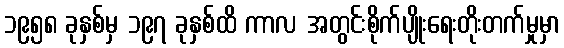
၁၉၅၈ ခုနှစ်မှ ၁၉၇ ခုနှစ်ထိ ကာလ အတွင်းစိုက်ပျိုးရေးတိုးတက်မှုမှာ